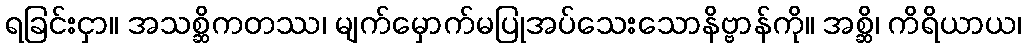
ရခြင်းငှာ။ အသစ္ဆိကတဿ၊ မျက်မှောက်မပြုအပ်သေးသောနိဗ္ဗာန်ကို။ အစ္ဆိ၊ ကိရိယာယ၊